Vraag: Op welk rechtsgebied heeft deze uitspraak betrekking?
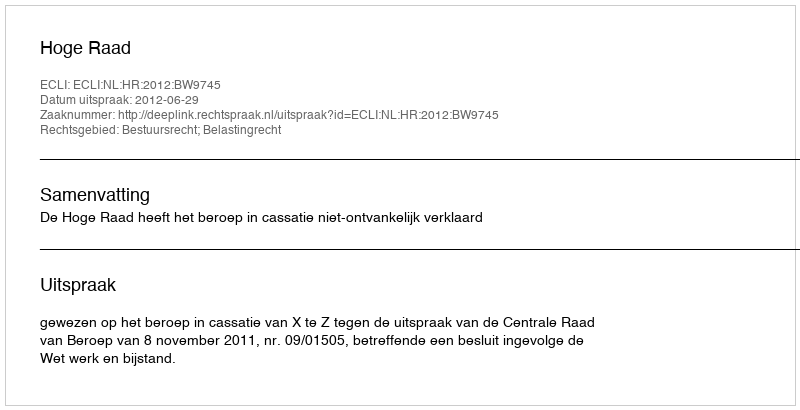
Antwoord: Bestuursrecht; Belastingrecht